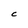
Character: C